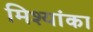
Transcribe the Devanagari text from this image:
मिश्यांका